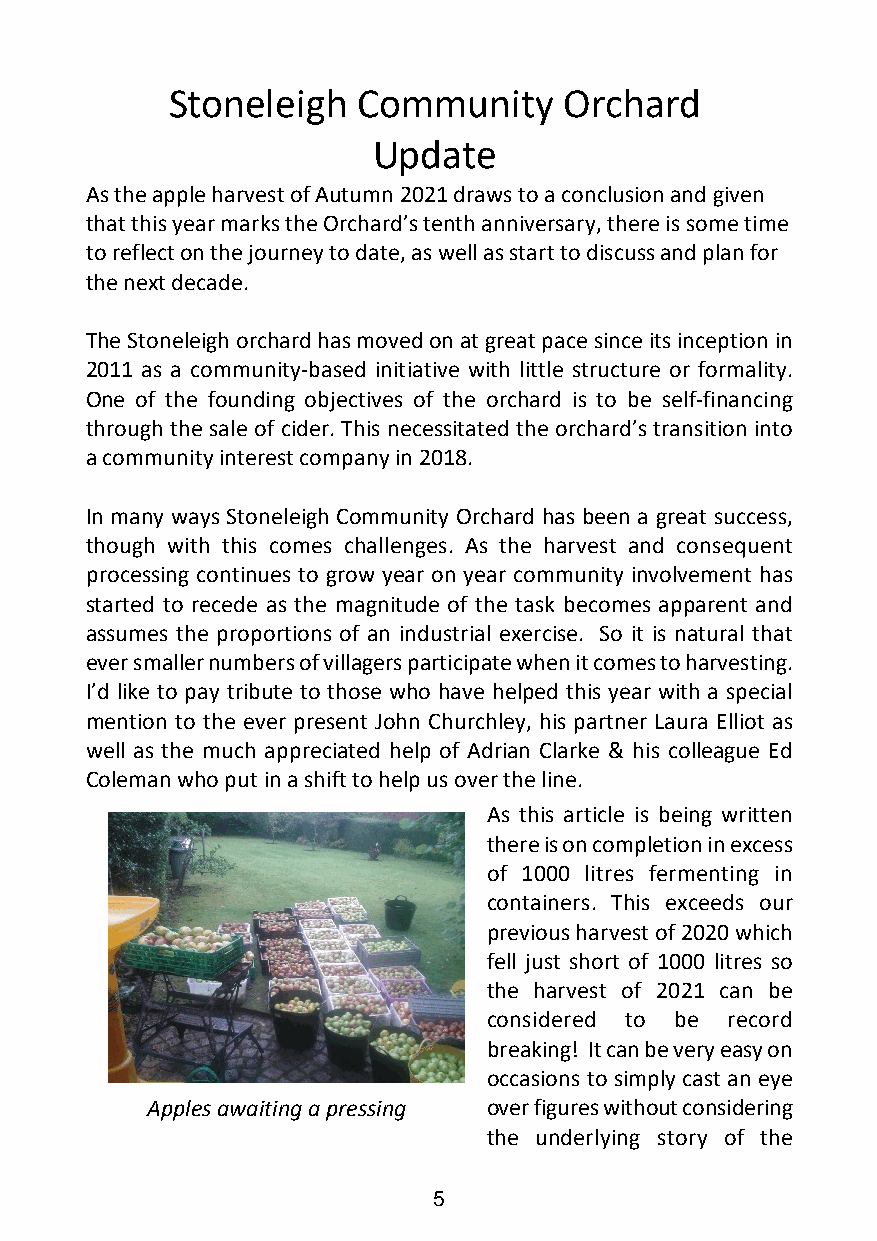
Stoneleigh   Community    Orchard
 Update
 As the apple harvest of Autumn 2021 draws to a conclusion and given
 that this year marks the Orchard’s tenth anniversary, there is some time
 to reflect on the journey to date, as well as start to discuss and plan for
 the next decade.
 The Stoneleigh orchard has moved on at great pace since its inception in
 2011 as a community-based initiative with little structure or formality.
 One of the founding objectives of the orchard is to be self-financing
 through the sale of cider. This necessitated the orchard’s transition into
 a community interest company in 2018.
 In many ways Stoneleigh Community Orchard has been a great success,
 though with this comes challenges. As the harvest and consequent
 processing continues to grow year on year community involvement has
 started to recede as the magnitude of the task becomes apparent and
 assumes the proportions of an industrial exercise. So it is natural that
 ever smaller numbers of villagers participate when it comes to harvesting.
 I’d like to pay tribute to those who have helped this year with a special
 mention to the ever present John Churchley, his partner Laura Elliot as
 well as the much appreciated help of Adrian Clarke & his colleague Ed
 Coleman who put in a shift to help us over the line.
 As this article is being written
 there is on completion in excess
 of 1000 litres fermenting in
 containers. This exceeds our
 previous harvest of 2020 which
 fell just short of 1000 litres so
 the harvest of 2021 can be
 considered to be record
 breaking! It can be very easy on
 occasions to simply cast an eye
 Apples awaiting a pressing over figures without considering
 the underlying story of the
 5